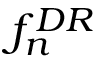
f _ { n } ^ { D R }